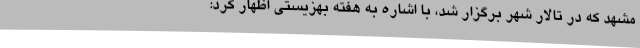
مشهد که در تالار شهر برگزار شد، با اشاره به هفته بهزیستی اظهار کرد: